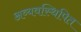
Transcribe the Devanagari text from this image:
अव्यवस्थिपित